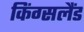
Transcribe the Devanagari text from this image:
किंग्सलैंड